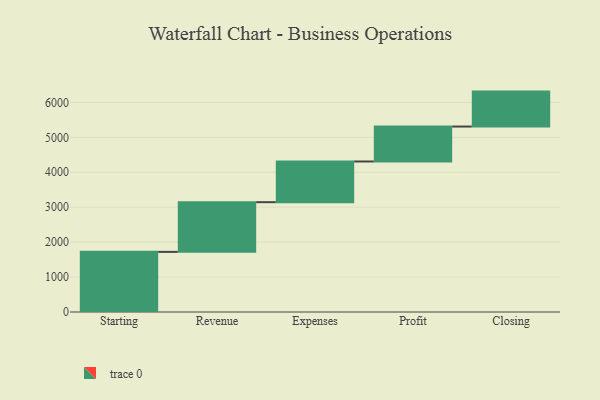
{"axis": {"x": "Step", "y": "Value"}, "legend": [""], "data": [{"x": "Starting", "y": 1721.0, "type": ""}, {"x": "Revenue", "y": 1422.0, "type": ""}, {"x": "Expenses", "y": 1165.0, "type": ""}, {"x": "Profit", "y": 1000, "type": ""}, {"x": "Closing", "y": 1000, "type": ""}]}